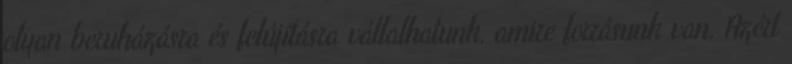
olyan beruházásra és felújításra vállalhatunk, amire forrásunk van. Azért